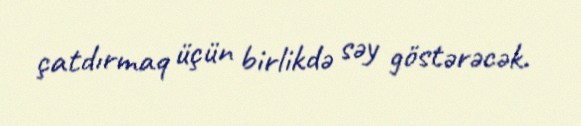
çatdırmaq üçün birlikdə səy göstərəcək.